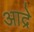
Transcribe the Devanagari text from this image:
आद्रे